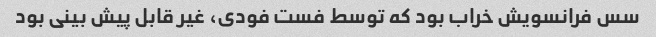
سس فرانسویش خراب بود که توسط فست فودی، غیر قابل پیش بینی بود